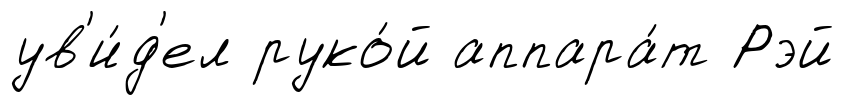
ув'и́д'ел руко́й аппара́т Рэй